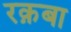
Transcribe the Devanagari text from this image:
रक़बा